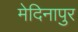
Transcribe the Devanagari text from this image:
मेदिनापुर